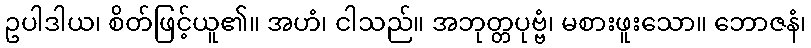
ဥပါဒါယ၊ စိတ်ဖြင့်ယူ၏။ အဟံ၊ ငါသည်။ အဘုတ္တပုဗ္ဗံ၊ မစားဖူးသော။ ဘောဇနံ၊